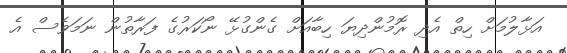
އަޅާލުމަށް ހިތް އެދި ރޮމުންދިޔަ ހިބާއަށް ގެންގުޅޭ ނޯކަރުގެ ފަރާތުން ނަމަވެސް އެ